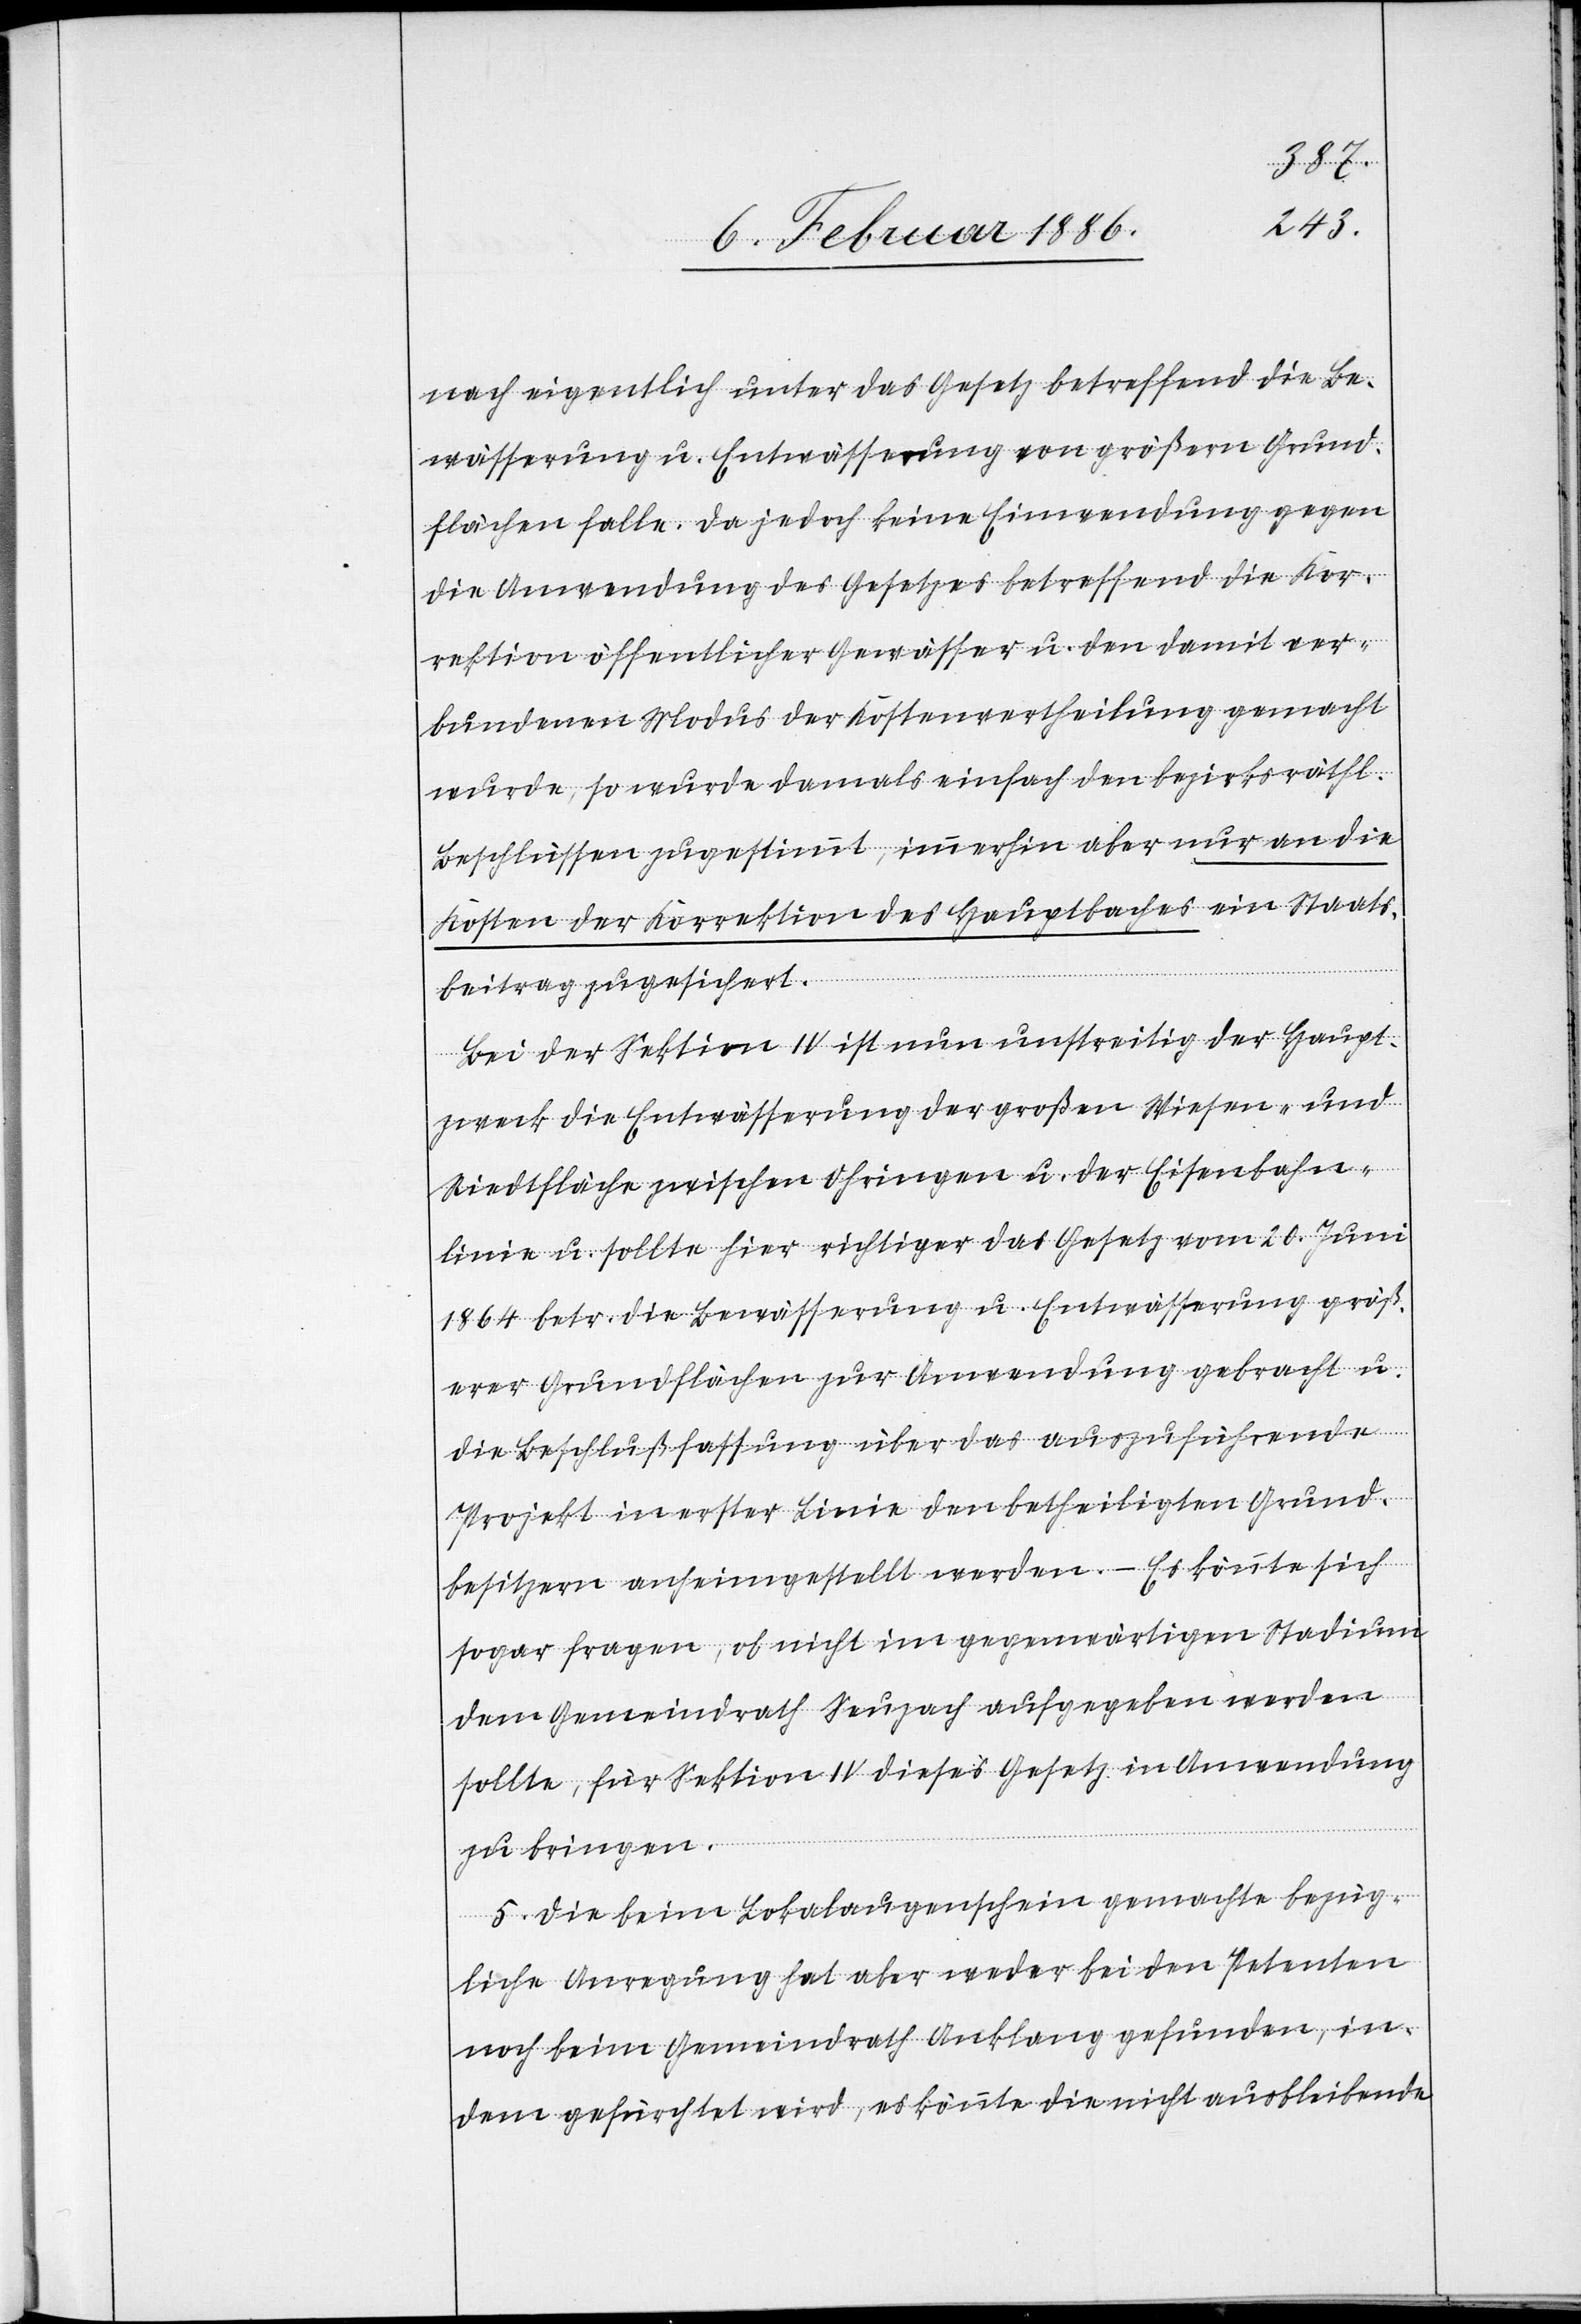
nach eigentlich unter das Gesetz betreffend die Be¬
wässerung u. Entwässerung von größern Grund¬
flächen falle. Da jedoch keine Einwendungen gegen
die Anwendung des Gesetzes betreffend die Kor¬
rektion öffentlicher Gewässer u. den damit ver¬
bundenen Modus der Kostenvertheilung gemacht
wurde, so wurde damals einfach den bezirksräthl.
Beschlüssen zugestimmt, immerhin aber nur an die
Kosten der Korrektion des Hauptbaches ein Staats¬
beitrag zugesichert.
Bei der Sektion IV ist nun unstreitig der Haupt¬
zweck die Entwässerung der großen Wiesen- und
Riedtflächen zwischen Ohringen u. der Eisenbahn¬
linie u. sollte hier richtiger das Gesetz vom 20. Juni
1864 betr. die Bewässerung u. Entwässerung größ¬
erer Grundflächen zur Anwendung gebracht u.
die Beschlußfassung über das auszuführende
Projekt in erster Linie den betheiligten Grund¬
besitzern anheimgestellt werden. – Es könnte sich
sogar fragen, ob nicht im gegenwärtigen Stadium
dem Gemeindrath Seuzach aufgeben werden
sollte, für Sektion IV dieses Gesetz in Anwendung
zu bringen.
4.] Die beim Lokalaugenschein gemachte bezüg¬
liche Anregung hat aber weder bei den Petenten
noch beim Gemeindrath Anklang gefunden, in¬
dem gefürchtet wird, es könnte die nicht ausbleibende